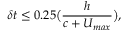
\delta t \leq 0 . 2 5 \big ( \frac { h } { c + U _ { m a x } } \big ) ,